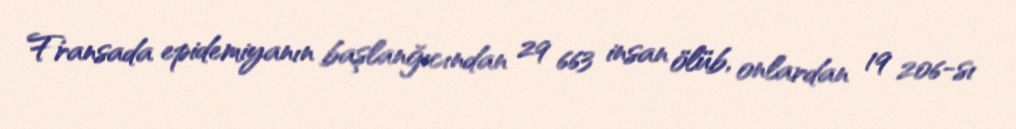
Fransada epidemiyanın başlanğıcından 29 663 insan ölüb, onlardan 19 206-sı